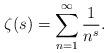
LaTeX: \begin{align*}\zeta(s)=\sum_{n=1}^{\infty} {1\over n^s}. \end{align*}